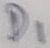
Text: D1